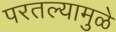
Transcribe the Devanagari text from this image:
परतल्यामुळे